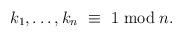
LaTeX: \begin{align*}k_1,\ldots,k_n \ \equiv \ 1 \bmod n. \end{align*}